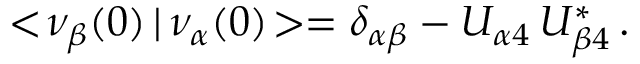
< \! \nu _ { \beta } ( 0 ) \, | \, \nu _ { \alpha } ( 0 ) \! > = \delta _ { \alpha \beta } - U _ { \alpha 4 } \, U _ { \beta 4 } ^ { * } \, .